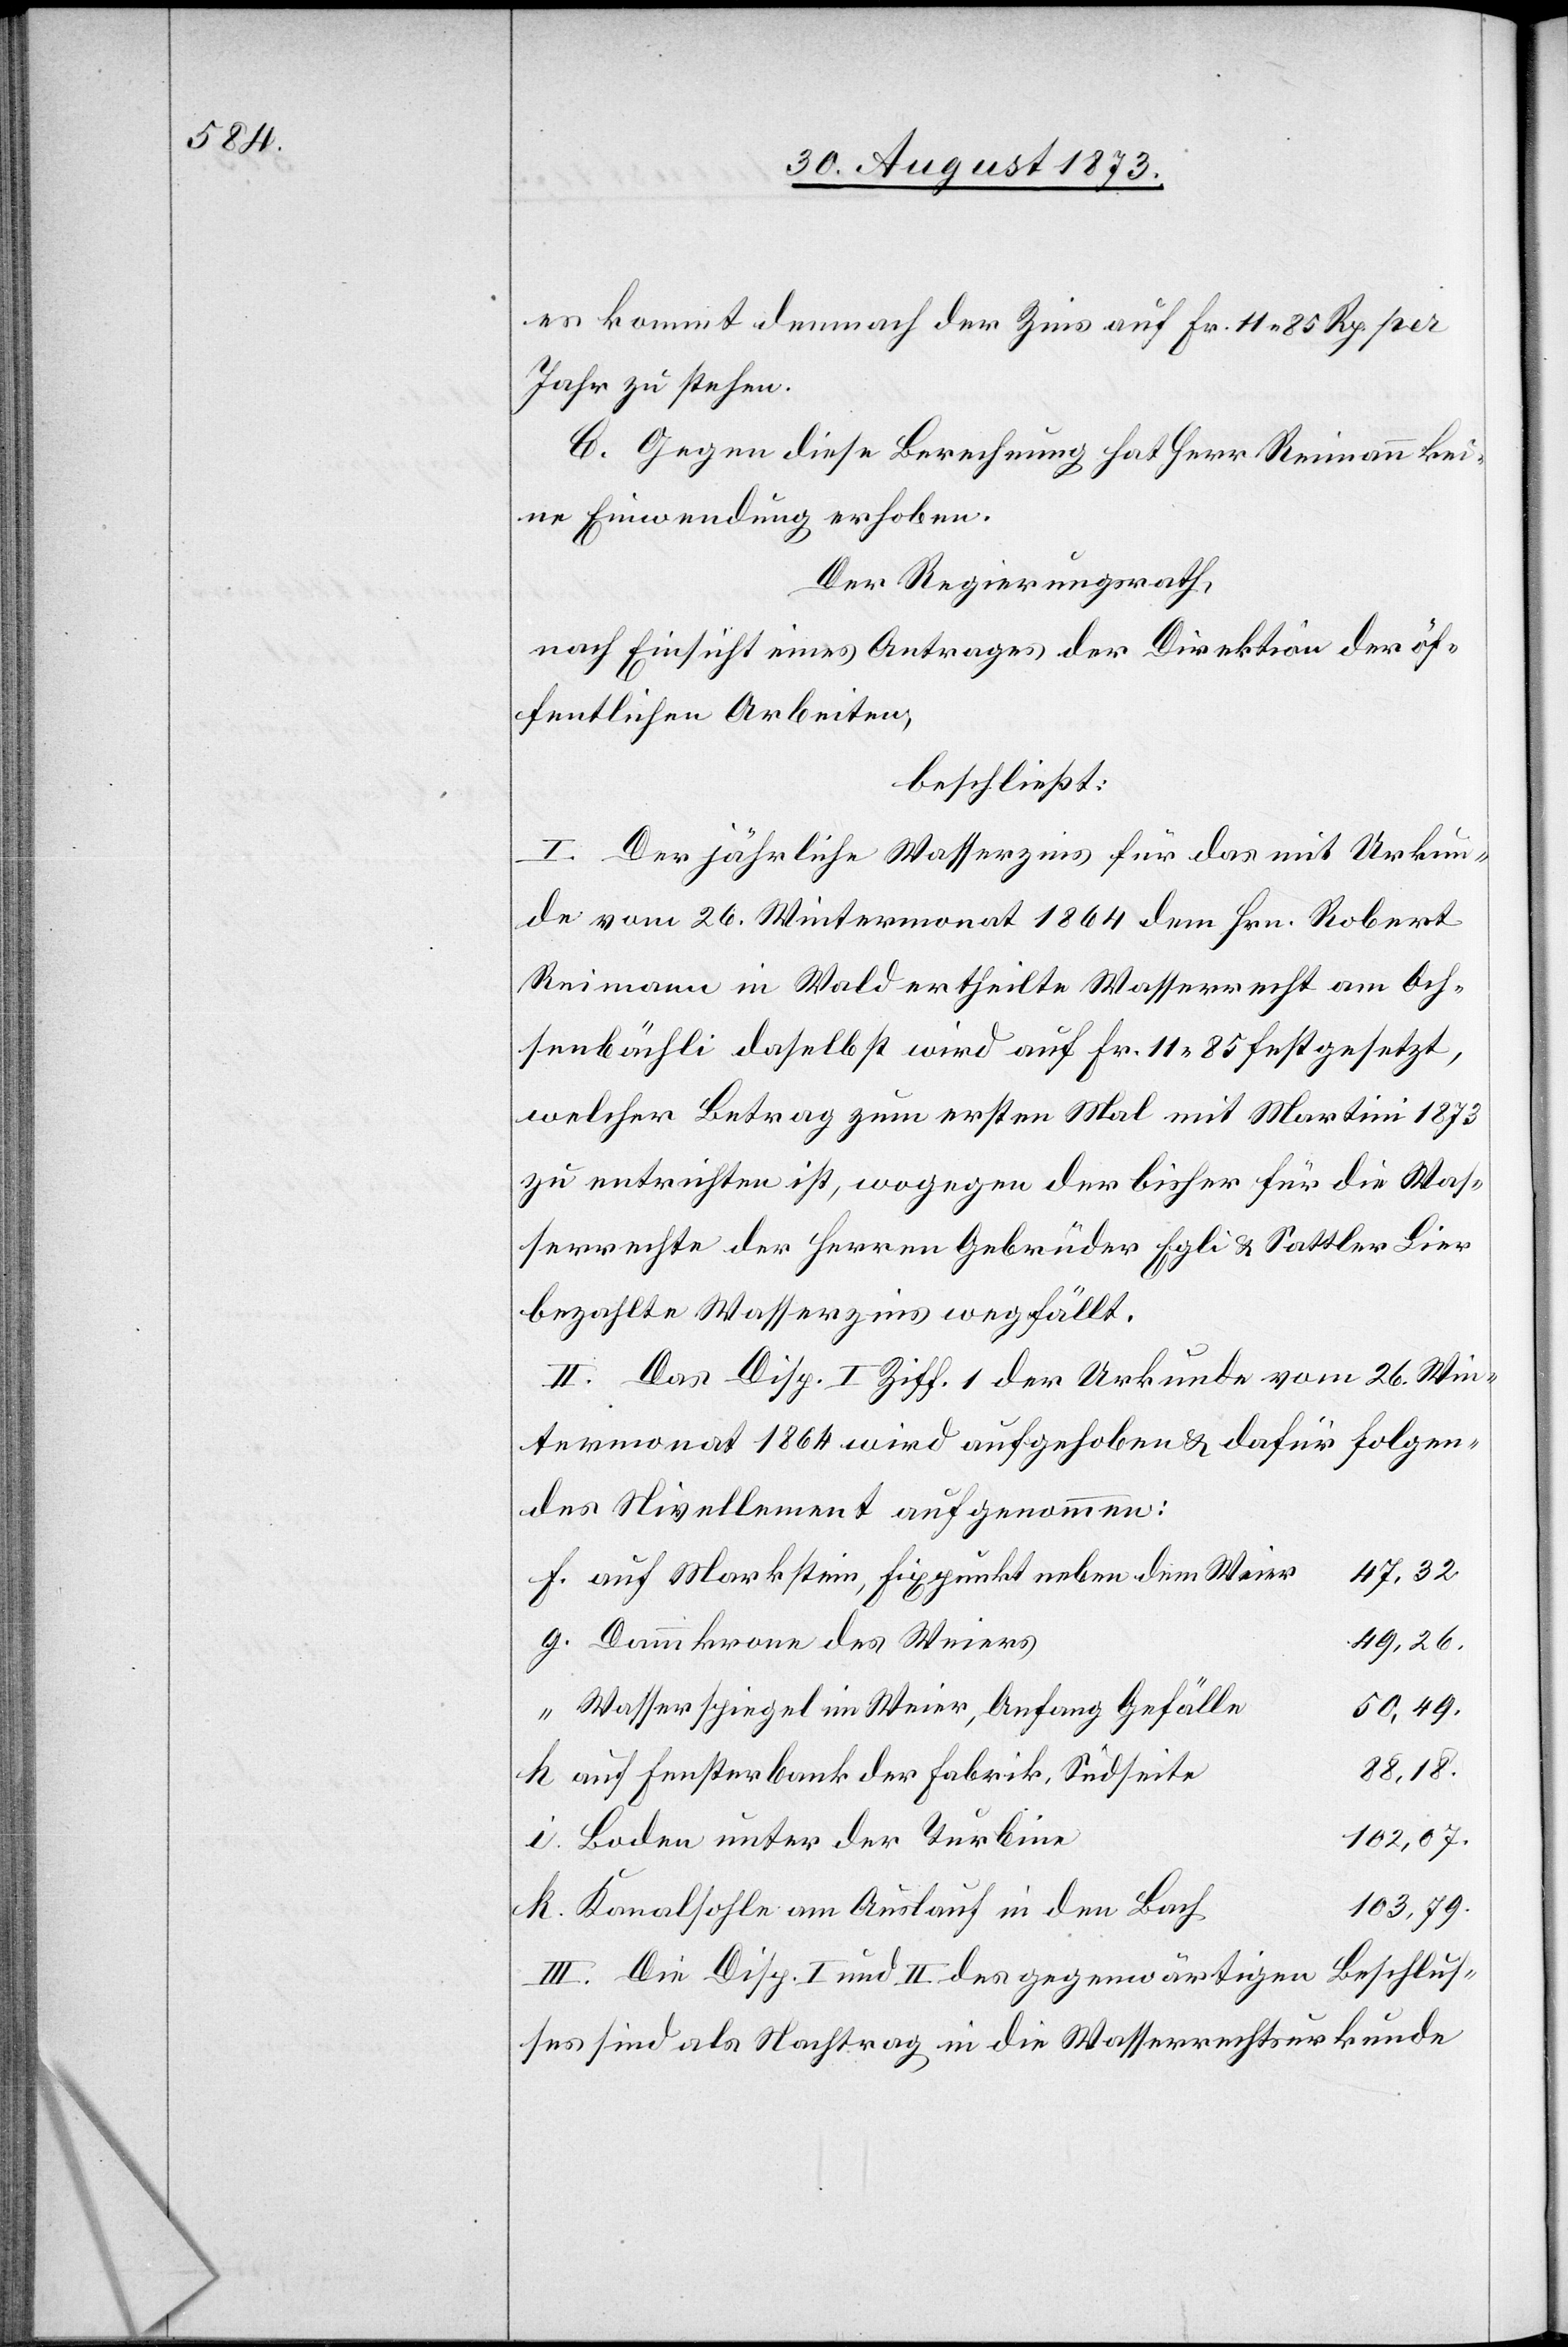
es kommt demnach der Zins auf Fr. 11 85 Rp. per
Jahr zu stehen.
C. Gegen diese Berechnung hat Herr Reimann kei¬
ne Einwendung erhoben.
Der Regierungsrath,
nach Einsicht eines Antrages der Direktion der öf¬
fentlichen Arbeiten,
beschließt:
I. Der jährliche Wasserzins für das mit Urkun¬
de vom 26. Wintermonat 1864 dem Hrn. Robert
Reimann in Wald ertheilte Wasserrecht am Och¬
senbächli daselbst wird auf Fr. 11 85 festgesetzt,
welcher Betrag zum ersten Mal mit Martini 1873
zu entrichten ist, wogegen der bisher für die Was¬
serrechte der Herren Gebrüder Egli & Sattler Lier
bezahlte Wasserzins wegfällt.
II. Das Disp. I Ziff. 1 der Urkunde vom 26. Win¬
termonat 1864 wird aufgehoben & dafür folgen¬
des Nivellement aufgenommen:
47,32.
auf Markstein, Fixpunkt neben dem Weier
49,26.
Dammkrone des Weiers
Wasserspiegel im Weier, Anfang Gefälle
88,18.
auf Fensterbank der Fabrik, Südseite
102,07.
Boden unter der Turbine
103,79.
Kanalsohle am Auslauf in den Bach
III. Die Disp. I und II des gegenwärtigen Beschlus¬
ses sind als Nachtrag in die Wasserrechtsurkunde